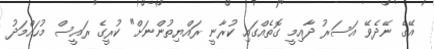
އޭގެ ނޭދެވޭ އަސަރު ދާއިމީ ގޮތެއްގައި ކުރާނީ ރައްޔިތުންނަށް" ކުރީގެ ރައީސް މުހައްމަދު